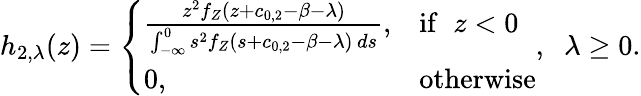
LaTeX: h_{2,\lambda}(z)=\left\{ \begin{array}{ll}{\frac{z^{2}f_{Z}(z+c_{0,2}-\beta-\lambda)}{\int_{-\infty}^{0}s^{2}f_{Z}(s+c_{0,2}-\beta-\lambda)\, ds},}&{\mathrm{if}\; \; z<0}\\ {0,}&{\mathrm{otherwise}}\end{array}\right.,\; \; \lambda\geq 0.